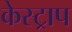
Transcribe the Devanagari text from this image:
केस्ट्राप